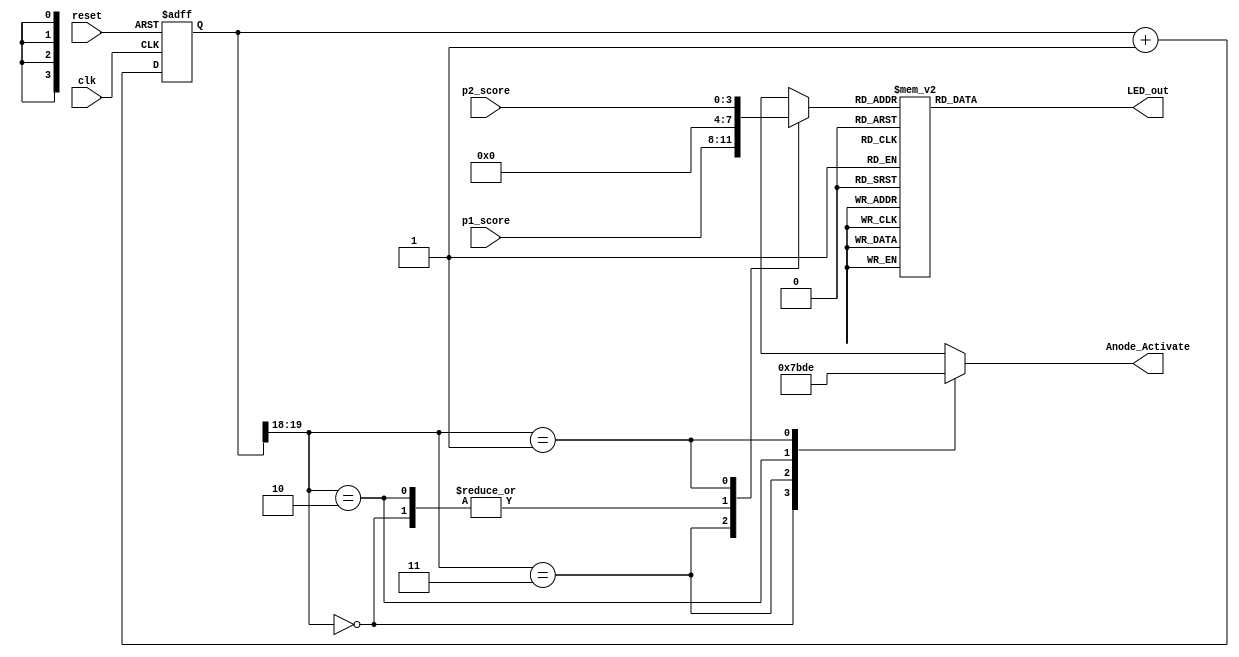

//https://www.fpga4student.com/2017/09/seven-segment-led-display-controller-basys3-fpga.html
module Seven_segment_LED_Display_Controller(
    input clk, // 100 Mhz clock source on Basys 3 FPGA
    input reset, // reset
    input [3:0]p1_score, p2_score,
    output reg[3:0] Anode_Activate, // anode signals of the 7-segment LED display
    output reg [6:0] LED_out// cathode patterns of the 7-segment LED display
    );
    reg [26:0] one_second_counter; // counter for generating 1 second clock enable
    wire one_second_enable;// one second enable for counting numbers
    reg [15:0] displayed_number;
    reg [3:0] LED_BCD;
    reg [19:0] refresh_counter; 
    wire [1:0] LED_activating_counter; 
                 // count     0    ->  1  ->  2  ->  3
              // activates    LED1    LED2   LED3   LED4
             // and repeat


    always @(posedge clk or posedge reset)
    begin 
        if(reset==1)
            refresh_counter <= 0;
        else
            refresh_counter <= refresh_counter + 1;
    end 
    assign LED_activating_counter = refresh_counter[19:18];
    // anode activating signals for 4 LEDs, digit period of 2.6ms
    // decoder to generate anode signals 
    always @(*)
    begin
        case(LED_activating_counter)
        2'b00: begin
            Anode_Activate = 4'b0111; 
            // activate LED1 and Deactivate LED2, LED3, LED4
            LED_BCD = 0;
            // the first digit of the 16-bit number
              end
        2'b11: begin
            Anode_Activate = 4'b1011; 
            // activate LED2 and Deactivate LED1, LED3, LED4
            LED_BCD = p1_score;
            // the second digit of the 16-bit number
              end
        2'b10: begin
            Anode_Activate = 4'b1101; 
            // activate LED3 and Deactivate LED2, LED1, LED4
            LED_BCD = 0;
            // the third digit of the 16-bit number
                end
        2'b01: begin
            Anode_Activate = 4'b1110; 
            // activate LED4 and Deactivate LED2, LED3, LED1
            LED_BCD = p2_score;
            // the fourth digit of the 16-bit number    
               end
        endcase
    end
    // Cathode patterns of the 7-segment LED display 
    always @(*)
    begin
        case(LED_BCD)
        4'b0000: LED_out = 7'b0000001; // "0"     
        4'b0001: LED_out = 7'b1001111; // "1" 
        4'b0010: LED_out = 7'b0010010; // "2" 
        4'b0011: LED_out = 7'b0000110; // "3" 
        4'b0100: LED_out = 7'b1001100; // "4" 
        4'b0101: LED_out = 7'b0100100; // "5" 
        4'b0110: LED_out = 7'b0100000; // "6" 
        4'b0111: LED_out = 7'b0001111; // "7" 
        4'b1000: LED_out = 7'b0000000; // "8"     
        4'b1001: LED_out = 7'b0000100; // "9" 
        default: LED_out = 7'b0000001; // "0"
        endcase
    end
 endmodule